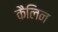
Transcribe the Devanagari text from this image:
कैलिन